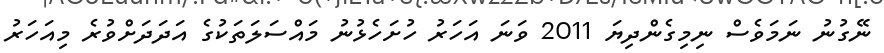
ނޭގުނު ނަމަވެސް ނިމިގެންދިޔަ 2011 ވަނަ އަހަރު ހުށަހެޅުނު މައްސަލަތަކުގެ އަދަދަށްވުރެ މިއަހަރު